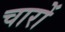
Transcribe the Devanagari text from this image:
चारों